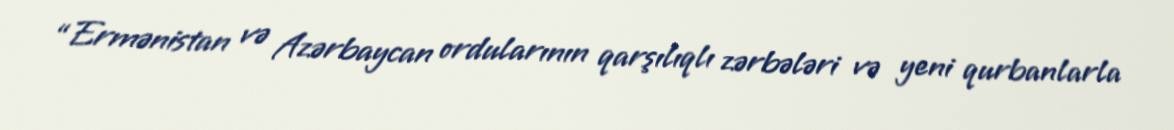
“Ermənistan və Azərbaycan ordularının qarşılıqlı zərbələri və yeni qurbanlarla